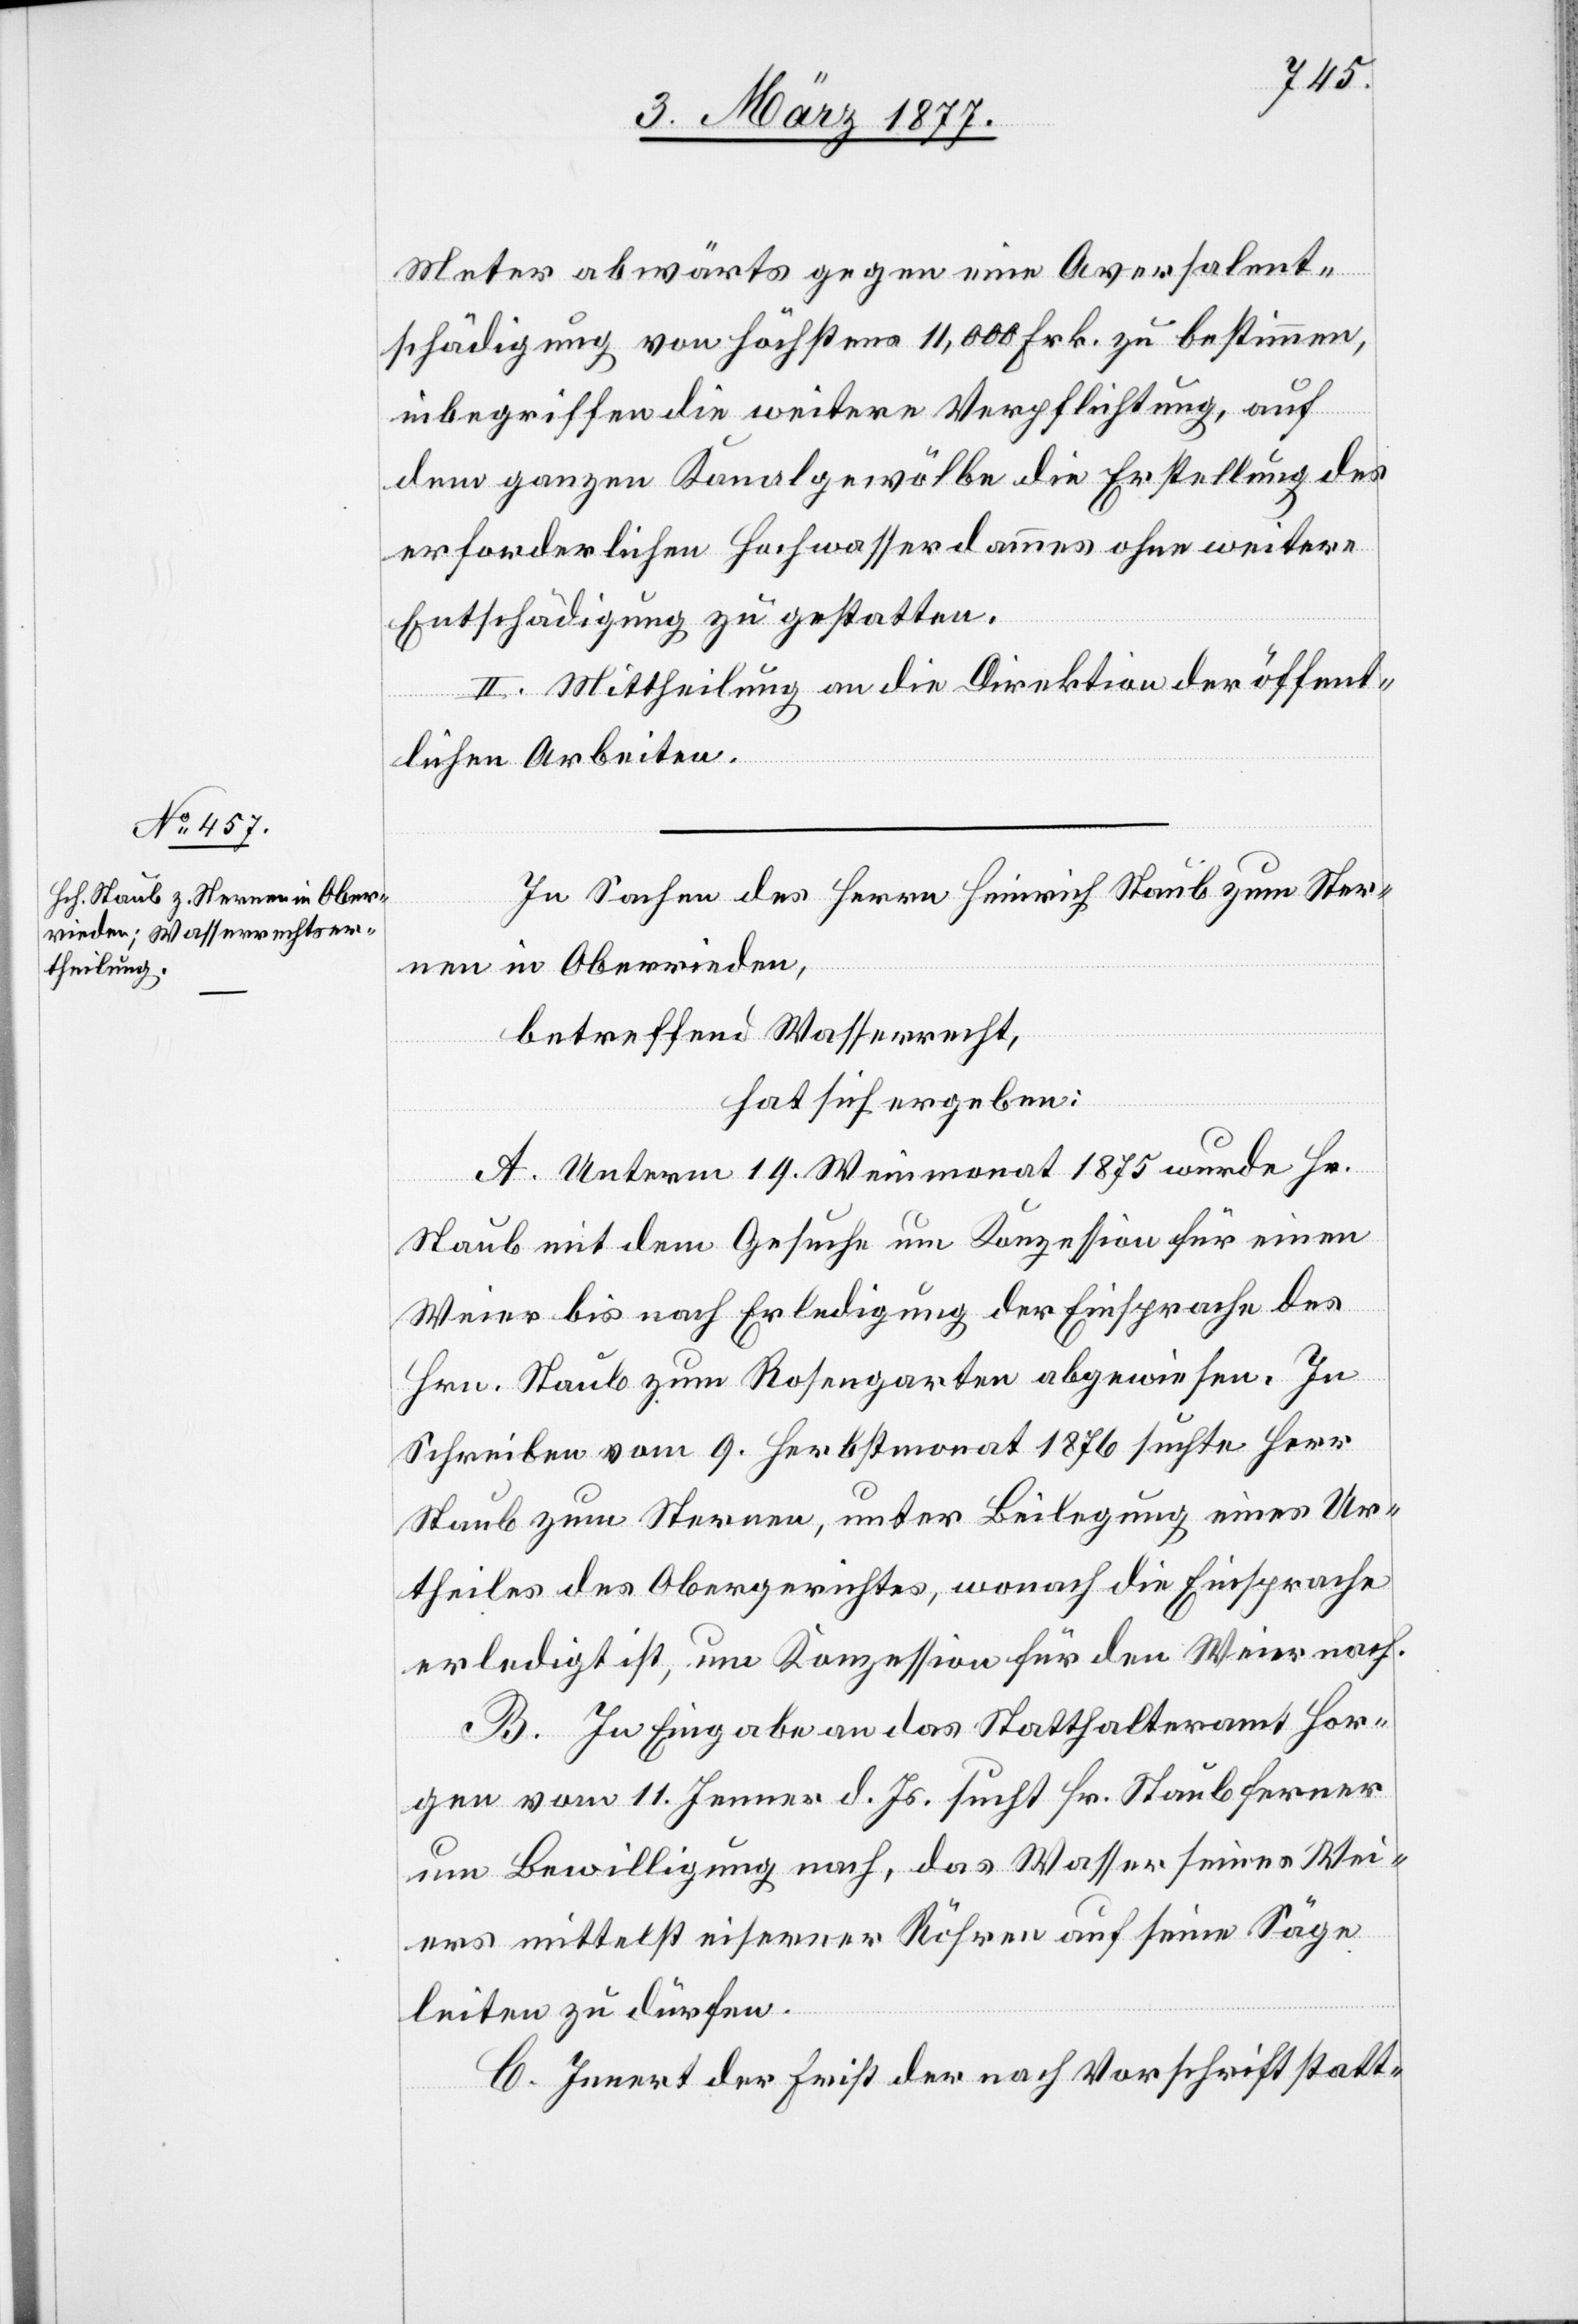
Meter abwärts gegen eine Aversalent¬
schädigung von höchstens 11,000 Frk. zu bestimmen,
inbegriffen die weitere Verpflichtung, auf
dem ganzen Kanalgewölbe die Erstellung des
erforderlichen Hochwasserdammes ohne weitere
Entschädigung zu gestatten.
II. Mittheilung an die Direktion der öffent¬
lichen Arbeiten.
In Sachen des Herrn Heinrich Staub zum Ster¬
nen in Oberrieden,
betreffend Wasserrecht,
hat sich ergeben:
A. Unterm 19. Weinmonat 1875 wurde Hr.
Staub mit dem Gesuche um Konzession für einen
Weier bis nach Erledigung der Einsprache des
Hrn. Staub zum Rosengarten abgewiesen. In
Schreiben vom 9. Herbstmonat 1876 suchte Herr
Staub zum Sternen, unter Beilegung eines Ur¬
theiles des Obergerichtes, wonach die Einsprache
erledigt ist, um Konzession für den Weier nach.
B. In Eingabe an das Statthalteramt Hor¬
gen vom 11. Jenner d. Js. sucht Hr. Staub ferner
um Bewilligung nach, das Wasser seines Wei¬
ers mittelst eiserner Röhren auf seine Säge
leiten zu dürfen.
C. Innert der First der nach Vorschrift statt-